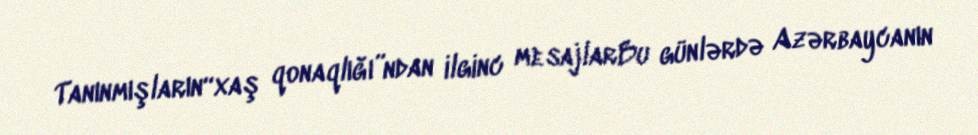
Tanınmışların“xaş qonaqlığı”ndan ilginc mesajlarBu günlərdə Azərbaycanın